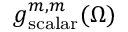
g _ { \mathrm { s c a l a r } } ^ { m , m } ( \Omega )